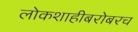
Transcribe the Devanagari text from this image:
लोकशाहीबरोबरच